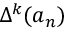
\Delta ^ { k } ( a _ { n } )